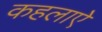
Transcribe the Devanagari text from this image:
कहलाऐ